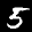
Label: 5